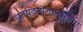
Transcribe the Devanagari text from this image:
धृतपदलांच्छनभुजंगा